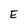
Character: E